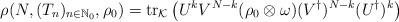
LaTeX: \begin{align*}\rho(N,(T_n)_{n\in\mathbb N_0},\rho_0)=\operatorname{tr}_{\mathcal K}\left( {U}^{k}{V}^{{N-k}}(\rho_0\otimes\omega)({V}^\dagger)^{{N-k}}({U}^{\dagger})^{k} \right)\end{align*}